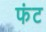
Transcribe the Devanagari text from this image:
फंट